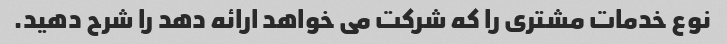
نوع خدمات مشتری را که شرکت می خواهد ارائه دهد را شرح دهید.